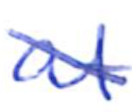
Text: at
Cross-out: diagonal
Writing tool: ballpoint